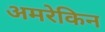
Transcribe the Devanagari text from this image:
अमरेकिन